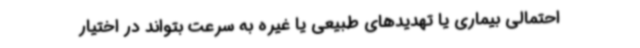
احتمالی بیماری یا تهدیدهای طبیعی یا غیره به سرعت بتواند در اختیار